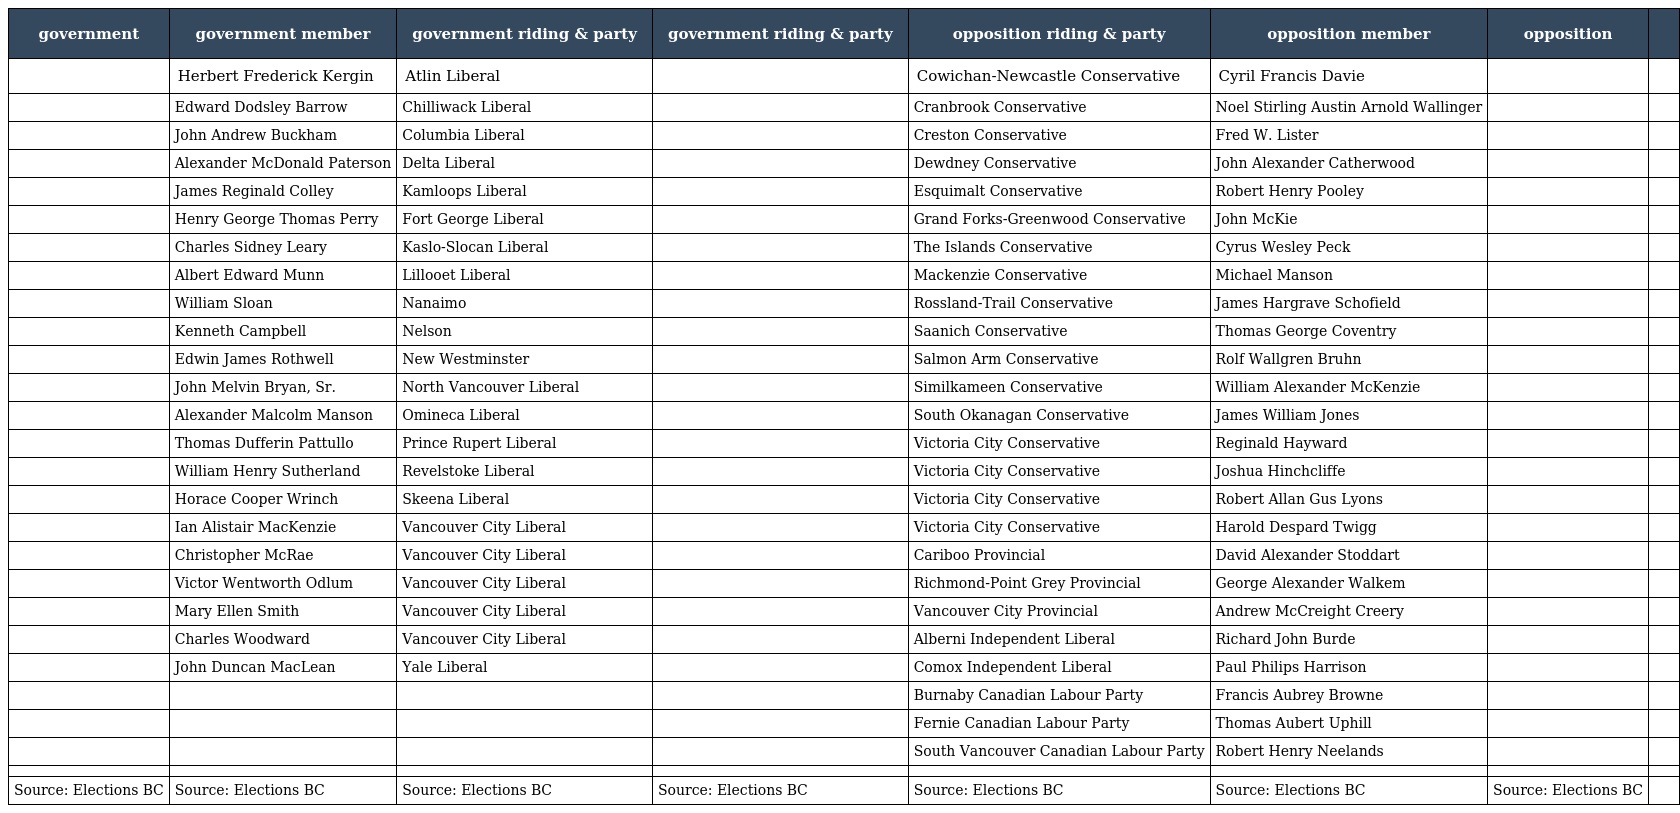
| government | government member | government riding & party | government riding & party | opposition riding & party | opposition member | opposition |  |
 | --- | --- | --- | --- | --- | --- | --- | --- |
 |  | Herbert Frederick Kergin | Atlin Liberal |  | Cowichan-Newcastle Conservative | Cyril Francis Davie |  |  |
 |  | Edward Dodsley Barrow | Chilliwack Liberal |  | Cranbrook Conservative | Noel Stirling Austin Arnold Wallinger |  |  |
 |  | John Andrew Buckham | Columbia Liberal |  | Creston Conservative | Fred W. Lister |  |  |
 |  | Alexander McDonald Paterson | Delta Liberal |  | Dewdney Conservative | John Alexander Catherwood |  |  |
 |  | James Reginald Colley | Kamloops Liberal |  | Esquimalt Conservative | Robert Henry Pooley |  |  |
 |  | Henry George Thomas Perry | Fort George Liberal |  | Grand Forks-Greenwood Conservative | John McKie |  |  |
 |  | Charles Sidney Leary | Kaslo-Slocan Liberal |  | The Islands Conservative | Cyrus Wesley Peck |  |  |
 |  | Albert Edward Munn | Lillooet Liberal |  | Mackenzie Conservative | Michael Manson |  |  |
 |  | William Sloan | Nanaimo |  | Rossland-Trail Conservative | James Hargrave Schofield |  |  |
 |  | Kenneth Campbell | Nelson |  | Saanich Conservative | Thomas George Coventry |  |  |
 |  | Edwin James Rothwell | New Westminster |  | Salmon Arm Conservative | Rolf Wallgren Bruhn |  |  |
 |  | John Melvin Bryan, Sr. | North Vancouver Liberal |  | Similkameen Conservative | William Alexander McKenzie |  |  |
 |  | Alexander Malcolm Manson | Omineca Liberal |  | South Okanagan Conservative | James William Jones |  |  |
 |  | Thomas Dufferin Pattullo | Prince Rupert Liberal |  | Victoria City Conservative | Reginald Hayward |  |  |
 |  | William Henry Sutherland | Revelstoke Liberal |  | Victoria City Conservative | Joshua Hinchcliffe |  |  |
 |  | Horace Cooper Wrinch | Skeena Liberal |  | Victoria City Conservative | Robert Allan Gus Lyons |  |  |
 |  | Ian Alistair MacKenzie | Vancouver City Liberal |  | Victoria City Conservative | Harold Despard Twigg |  |  |
 |  | Christopher McRae | Vancouver City Liberal |  | Cariboo Provincial | David Alexander Stoddart |  |  |
 |  | Victor Wentworth Odlum | Vancouver City Liberal |  | Richmond-Point Grey Provincial | George Alexander Walkem |  |  |
 |  | Mary Ellen Smith | Vancouver City Liberal |  | Vancouver City Provincial | Andrew McCreight Creery |  |  |
 |  | Charles Woodward | Vancouver City Liberal |  | Alberni Independent Liberal | Richard John Burde |  |  |
 |  | John Duncan MacLean | Yale Liberal |  | Comox Independent Liberal | Paul Philips Harrison |  |  |
 |  |  |  |  | Burnaby Canadian Labour Party | Francis Aubrey Browne |  |  |
 |  |  |  |  | Fernie Canadian Labour Party | Thomas Aubert Uphill |  |  |
 |  |  |  |  | South Vancouver Canadian Labour Party | Robert Henry Neelands |  |  |
 |  |  |  |  |  |  |  |  |
 | Source: Elections BC | Source: Elections BC | Source: Elections BC | Source: Elections BC | Source: Elections BC | Source: Elections BC | Source: Elections BC |  |